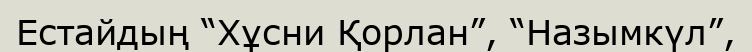
Естайдың “Хұсни Қорлан”, “Назымкүл”,